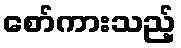
စော်ကားသည့်